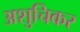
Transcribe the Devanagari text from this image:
अशुचिकर